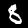
Digit: 8